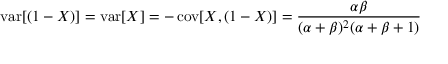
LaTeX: \operatorname { v a r } [ ( 1 - X ) ] = \operatorname { v a r } [ X ] = - \operatorname { c o v } [ X , ( 1 - X ) ] = { \frac { \alpha \beta } { ( \alpha + \beta ) ^ { 2 } ( \alpha + \beta + 1 ) } }